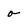
Character: o